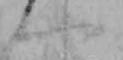
一